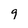
Character: g